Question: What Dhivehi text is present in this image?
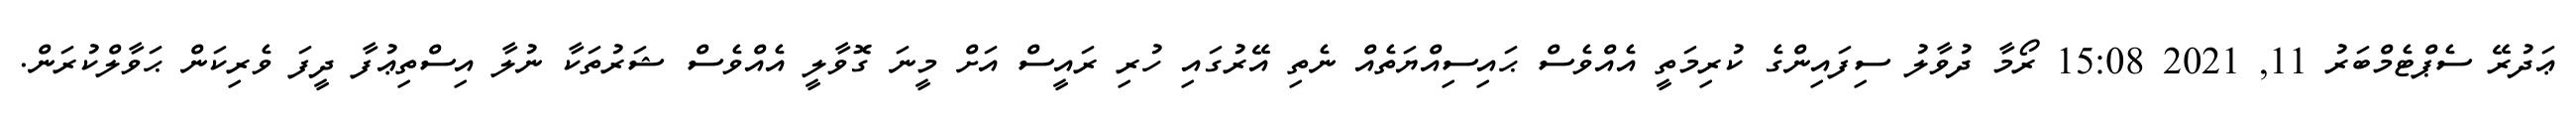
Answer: ޢަދުރޭ ސެޕްޓެމްބަރު 11, 2021 15:08 ރޯމާ ދުވާލު ސިފައިންގެ ކުރިމަތީ އެއްވެސް ޙައިސިއްޔަތެއް ނެތި އޭރުގައި ހުރި ރައީސް އަށް މީނަ ގޮވާލީ އެއްވެސް ޝަރުތަކާ ނުލާ އިސްތިޢުފާ ދީފަ ވެރިކަން ޙަވާލްކުރަން.